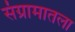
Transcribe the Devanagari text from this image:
संग्रामातला